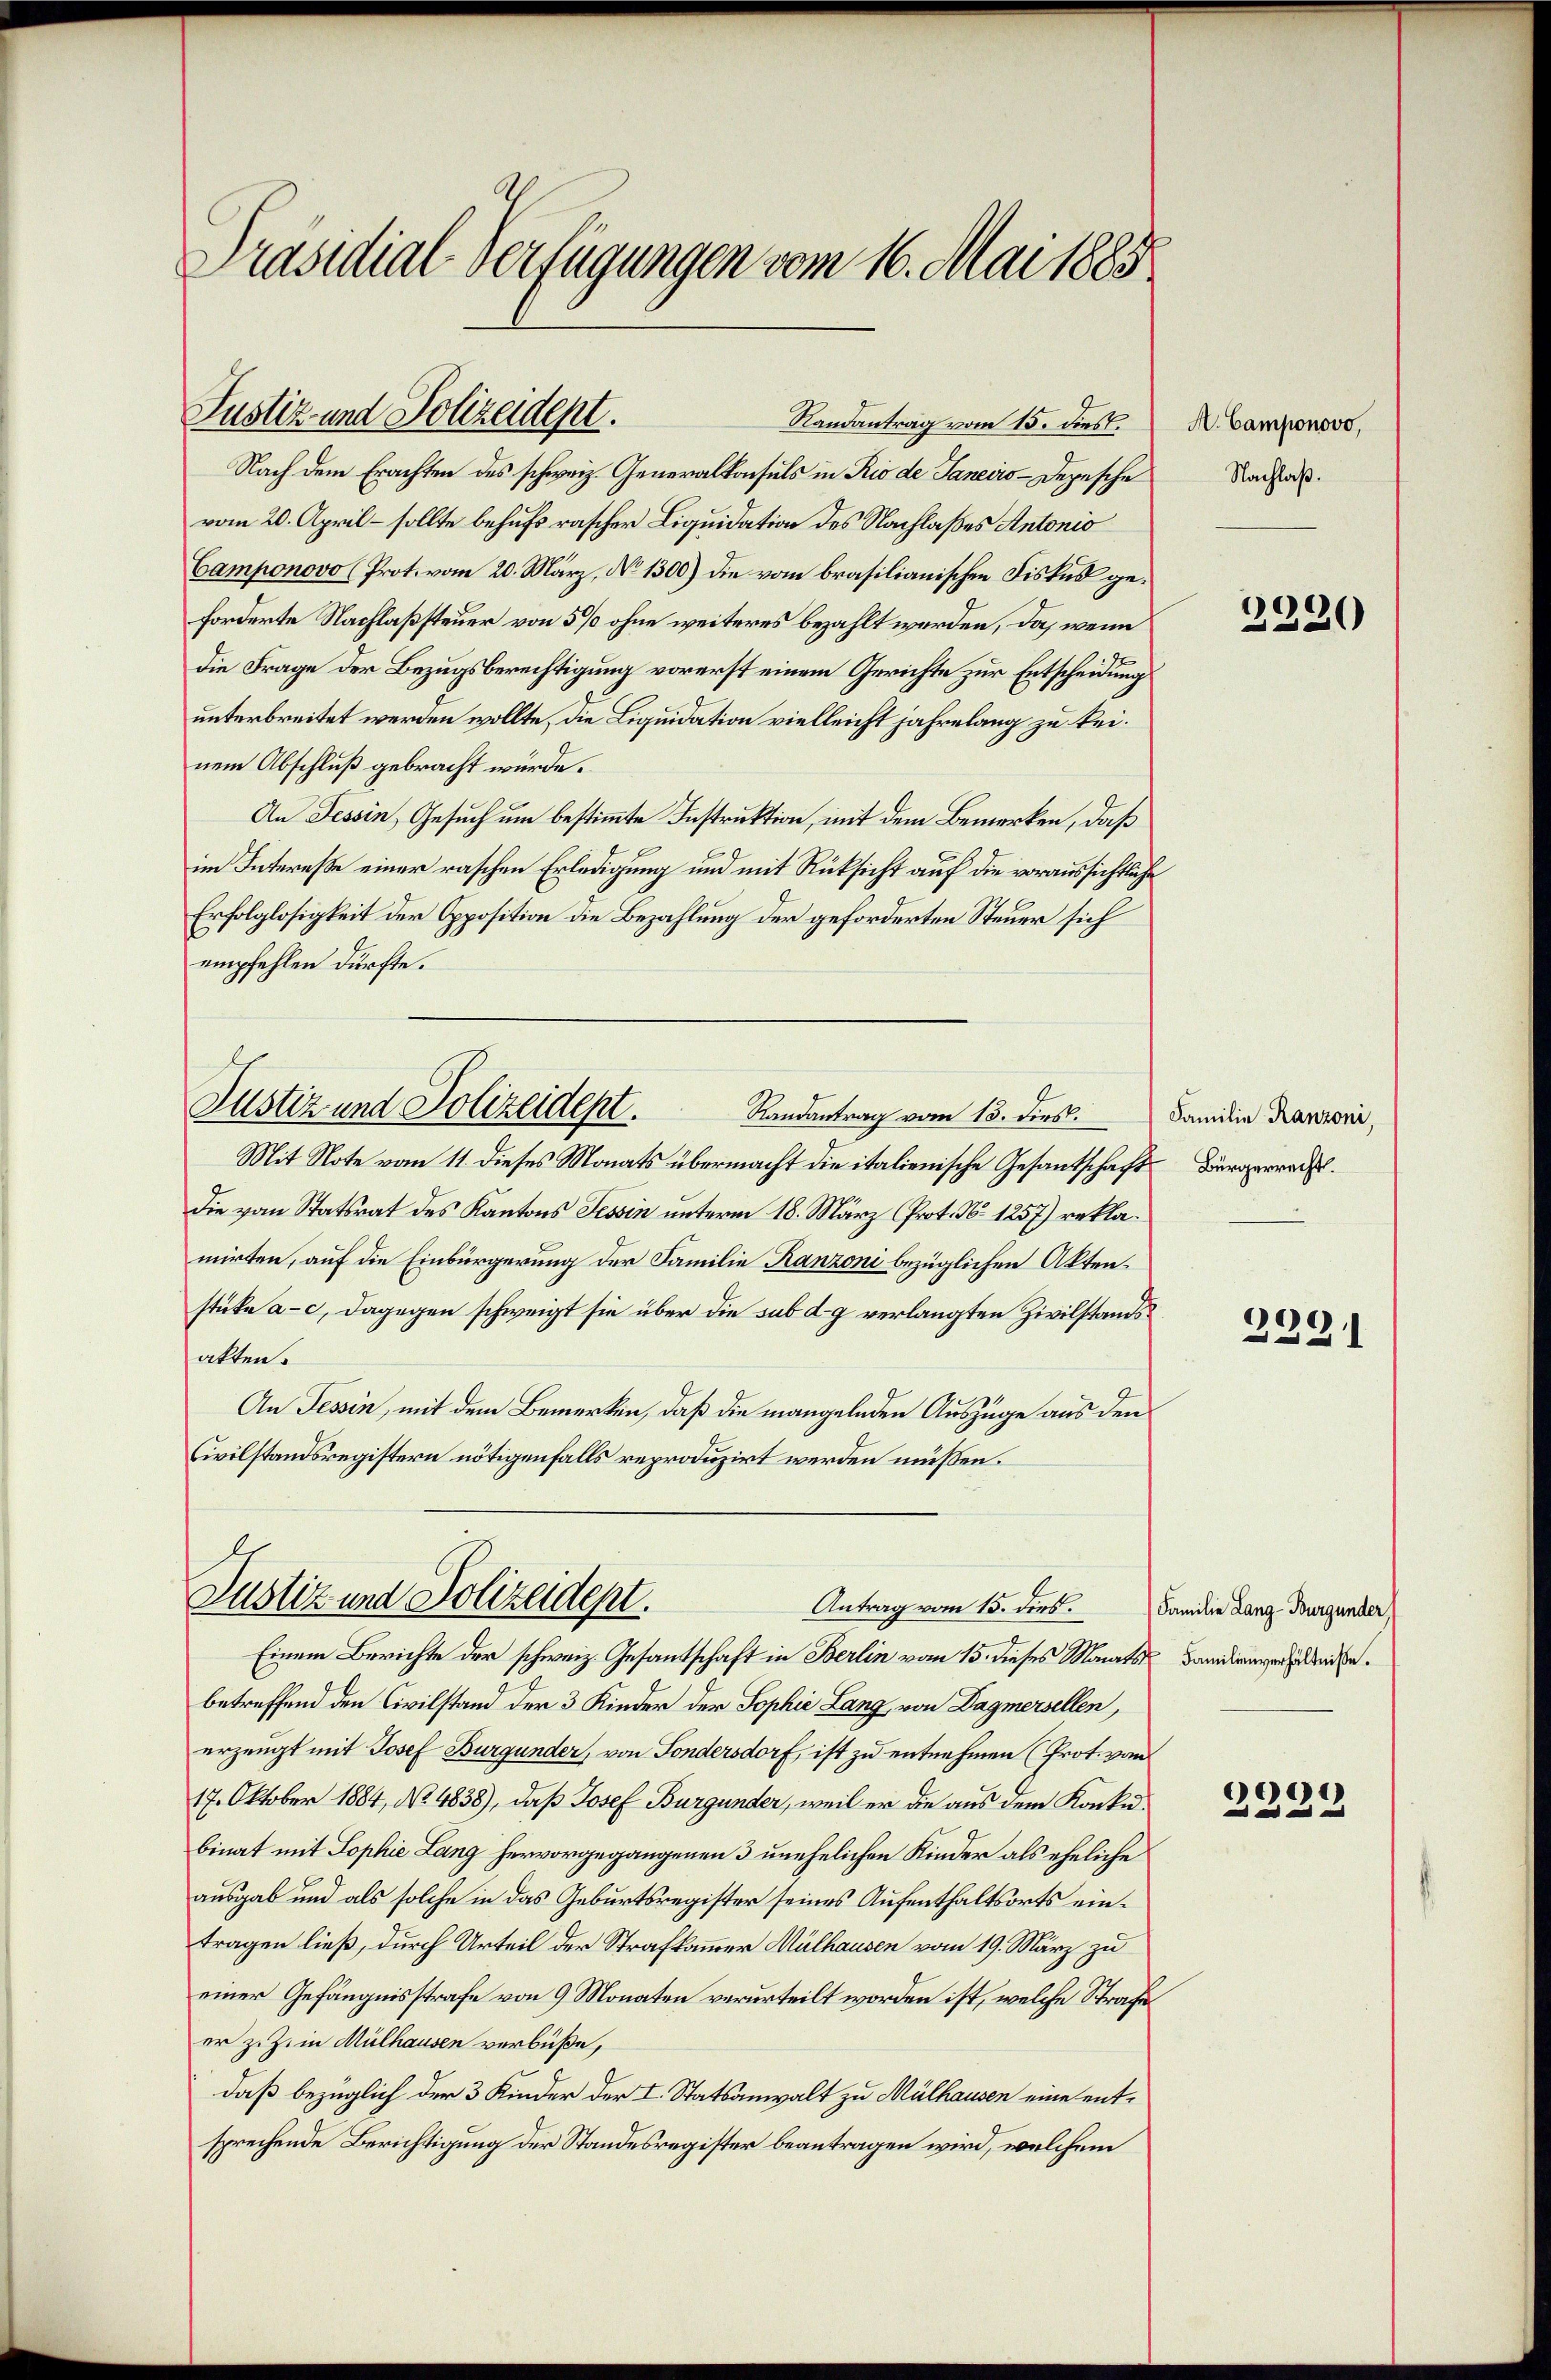
Präsidial-Verfügungen vom 16. Mai 1885

Justiz und Polizeident.
Randantrag vom 15. dies.

Nach dem Erachten des schweiz. Generalkonsuls in Rio de Janeirs-Depesche
vom 20. April - sollte behufs rascher Liquidation des Nachlaßes Antonio
Camponovo (Prot. vom 20. März, No 1300) die vom brasilianischen Fiskus geforderte Nachlassteuer von 5% ohne weiteres bezahlt werden, da, wenn
die Frage der Bezugsberechtigung vorerst einem Gerichte zur Entscheidung
unterbreitet werden wollte, die Liquidation vielleicht jahrelang zu keinem Abschluß gebracht würde.
An Tessin, Gesuch um bestimmte Instruktion, mit dem Bemerken, daß
im Intereße einer raschen Erledigung und mit Rüksicht auf die voraussichtliche
Erfolglosigkeit der Opposition die Bezahlung der geforderten Steuer sich
empfehlen dürfte.
Justiz und Polizeidept.
Randantrag vom 13. dies.
Mit Note vom 11. dieses Monats übermacht die italienische Gesantschaft¬
Die vom Statsrat des Kantons Tessin unterm 18. März (Prot. No. 1257) reklamirten, auf die Einbürgerung der Familie Ranzoni bezüglichen Akten.
stücke a. c. dagegen schweigt sie über die sub d. g verlangten Zivilstandsakten.
An Tessin, mit dem Bemerken, daß die mangelnden Auszüge aus den
Civilstandsregistern nötigenfalls reproduzirt werden müssen.

Justiz und Polizeidept.
Antrag vom 15. dies.
Einem Berichte der schweiz. Gesantschaft in Berlin vom 15. dieses Monats Banden werden.

betreffend den Civilstand der 3 Kinder der Sophie Lang, von Dagmersellen,
erzeugt mit Josef Burgunder, von Sondersdorf, ist zu entnehmen (Prot. von
17. Oktober 1884, No. 4838), daß Josef Burgunder, weil er die aus dem Konkubinat mit Sophie Lang hervorgegangenen 3 unehelichen Kinder als eheliche
ausgab und als solche in das Geburtsregister seines Aufenthaltsorts eintragen ließ, durch Urteil der Strafkammer Mülhausen vom 19. März zu
einer Gefängnisstrafe von 9 Monaten verurteilt worden ist, welche Strafe
er z. Z. in Mülhausen verbüße,
daß bezüglich der 3 Kinder der I. Statsanwalt zu Mülhausen eine entsprechende Berichtigung der Standesregister beantragen wird, welchem

M. Camponovo,
Nachlaß.

2320

Familie Ranzoni,
Bürgerrecht.

06

Familie Lang-Burgunder

2229